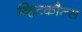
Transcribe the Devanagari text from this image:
व्हिटकौल्स